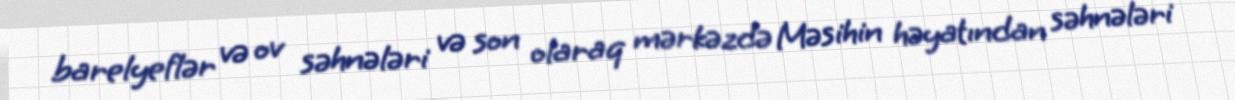
barelyeflər və ov səhnələri və son olaraq mərkəzdə Məsihin həyatından səhnələri